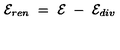
{ \cal E } _ { r e n } \ = \ { \cal E } \ - \ { \cal E } _ { d i v } \